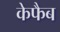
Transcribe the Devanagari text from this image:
केफैब